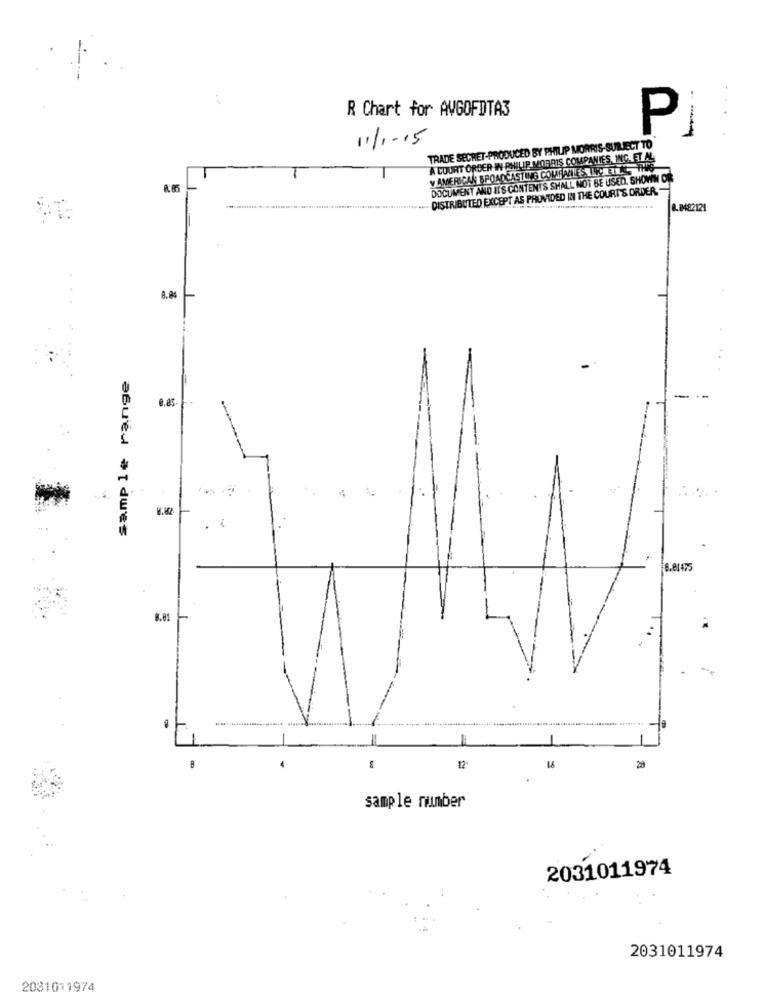
R Chart for AVGOFDTA3
P
- -
1.11-15
TRADE SECRET-PRODUCED BY PHILIP MORRIS-SUBJECT TO
A COURT ORDER IN PHILIP MORRIS COMPANIES, INC. ET AL
V AMERICAN BROADCASTING COME WALE SA FC ETT THE
DOCUMENT AND ITS CONTENTS SHALL NOT BE USED. SHOWN ON
-DISTRIBUTED EXCEPT AS PROVIDED IN THE COURT'S ORDER."
8.0482121
8.86
a.85
. ¿
6.81475
B.81
12
16
sample number
2031011974
2031011974
2031011974